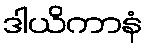
ဒါယိကာနံ